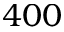
4 0 0